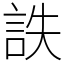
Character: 詄